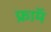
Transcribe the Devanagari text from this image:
फ्राॅम